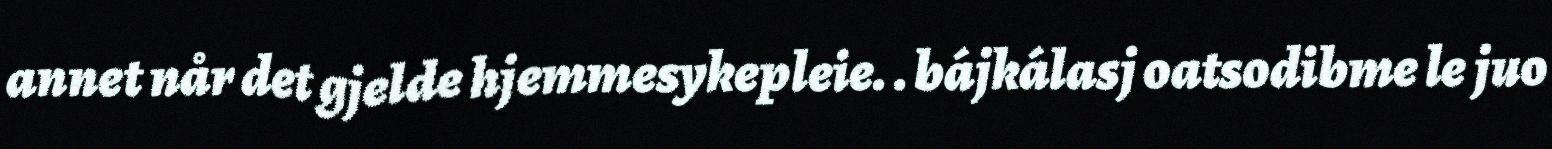
annet når det gjelde hjemmesykepleie. . bájkálasj oatsodibme le juo